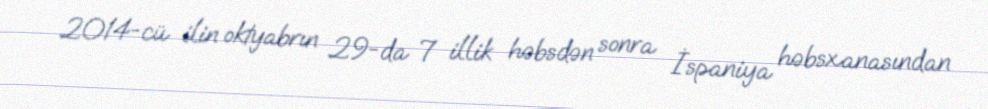
2014-cü ilin oktyabrın 29-da 7 illik həbsdən sonra İspaniya həbsxanasından